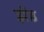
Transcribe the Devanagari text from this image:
झेंड